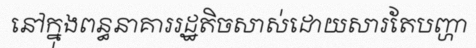
នៅក្នុងពន្ធនាគាររដ្ឋតិចសាស់ដោយសារតែបញ្ហា